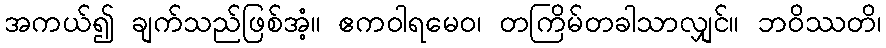
အကယ်၍ ချက်သည်ဖြစ်အံ့။ ဧကဝါရမေဝ၊ တကြိမ်တခါသာလျှင်။ ဘဝိဿတိ၊